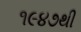
૧૯૪૭થી